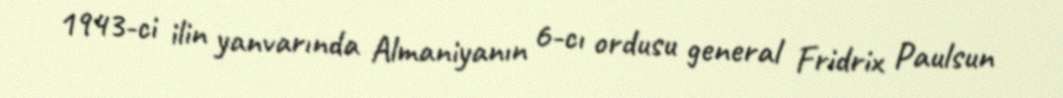
1943-ci ilin yanvarında Almaniyanın 6-cı ordusu general Fridrix Paulsun